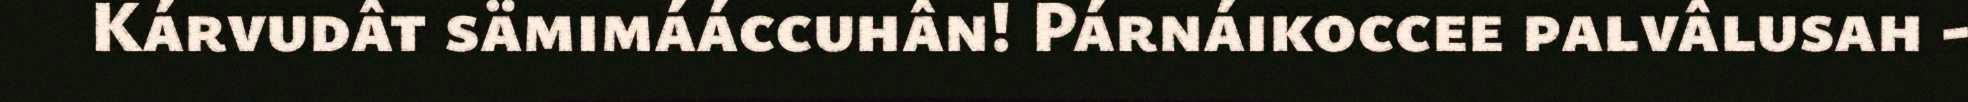
Kárvudât sämimááccuhân! Párnáikoccee palvâlusah -